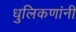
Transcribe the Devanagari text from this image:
धुलिकणांनी